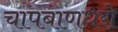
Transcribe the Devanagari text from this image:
चापबाणधरो